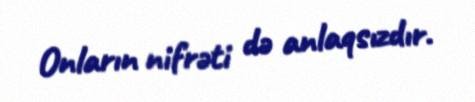
Onların nifrəti də anlaqsızdır.